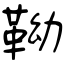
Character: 靿